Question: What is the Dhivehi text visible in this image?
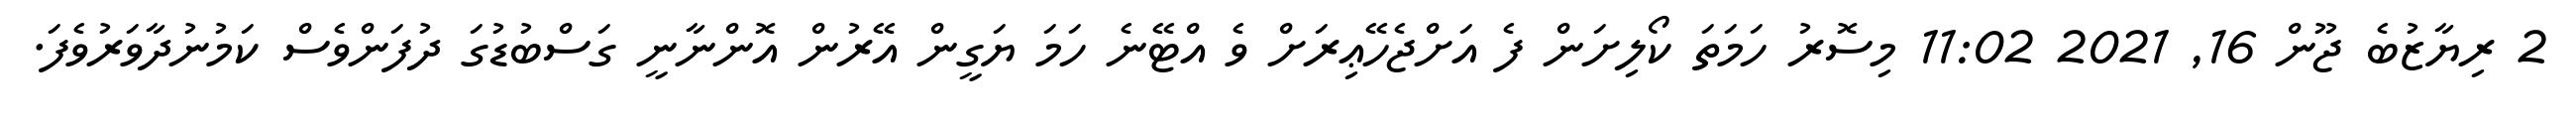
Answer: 2 ރިޔާޒުބެ ޖޫން 16, 2021 11:02 މިސޮރު ހަމަތަ ކޯލިށަން ފެ އަށްޖެހޭޢިރަށް ވެ އްޓޭނެ ހަމަ ޔަގީން އޭރުން އޮންނާނީ ގަސްބުޑުގަ ދުފަންވެސް ކަމުނުދާވަރުވެފަ.